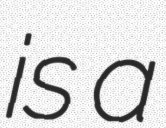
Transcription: is a